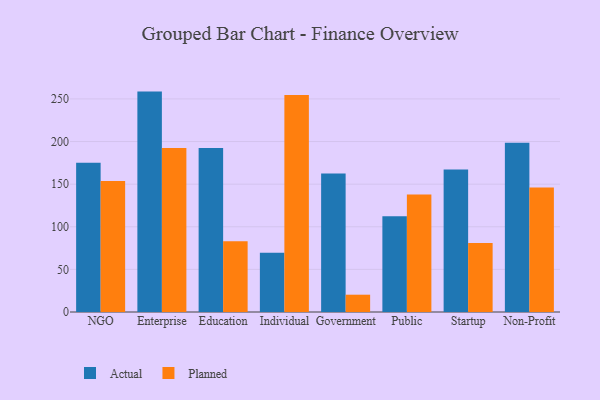
{"axis": {"x": "Segment", "y": "Inventory Turnover"}, "legend": ["Actual", "Planned"], "data": [{"x": "NGO", "y": 175.2, "type": "Actual"}, {"x": "NGO", "y": 153.7, "type": "Planned"}, {"x": "Enterprise", "y": 258.6, "type": "Actual"}, {"x": "Enterprise", "y": 192.4, "type": "Planned"}, {"x": "Education", "y": 192.5, "type": "Actual"}, {"x": "Education", "y": 82.9, "type": "Planned"}, {"x": "Individual", "y": 69.4, "type": "Actual"}, {"x": "Individual", "y": 254.7, "type": "Planned"}, {"x": "Government", "y": 162.4, "type": "Actual"}, {"x": "Government", "y": 20.3, "type": "Planned"}, {"x": "Public", "y": 112.3, "type": "Actual"}, {"x": "Public", "y": 138.0, "type": "Planned"}, {"x": "Startup", "y": 167.3, "type": "Actual"}, {"x": "Startup", "y": 81.1, "type": "Planned"}, {"x": "Non-Profit", "y": 198.6, "type": "Actual"}, {"x": "Non-Profit", "y": 146.0, "type": "Planned"}]}